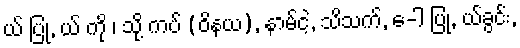
ယ် ပြု, ယ် ကို ၊ သို့ ကပ် (ဝိနယ), နာမ်ငဲ့, သိသက်, ေ-ါ ပြု, ယ်ခွင်း,